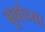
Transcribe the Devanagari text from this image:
बुबांच्या